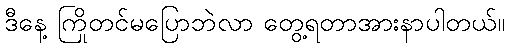
ဒီနေ့ ကြိုတင်မပြောဘဲလာ တွေ့ရတာအားနာပါတယ်။